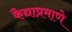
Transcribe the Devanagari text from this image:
कैद्याप्रमाणे